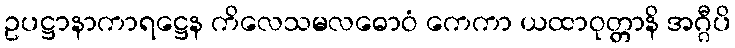
ဥပဋ္ဌာနာကာရဋ္ဌေန ကိလေသမလဓောဝံ ကေကာ ယထာဝုတ္တာနိ အဂ္ဂီပိ